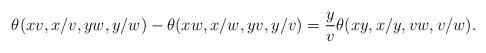
LaTeX: \begin{align*} \theta(xv,x/v,yw,y/w)-\theta(xw,x/w,yv,y/v) = \frac{y}{v} \theta(xy,x/y,vw,v/w).\end{align*}